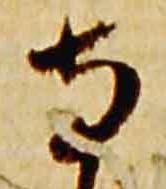
寺